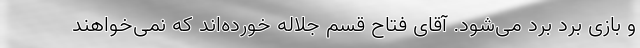
و بازی برد برد می‌شود. آقای فتاح قسم جلاله خورده‌اند که نمی‌خواهند